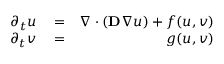
\begin{array} { r l r } { \partial _ { t } u } & { { } = } & { \nabla \cdot ( \mathbf { D } \nabla u ) + f ( u , v ) } \\ { \partial _ { t } v } & { { } = } & { g ( u , v ) } \end{array}